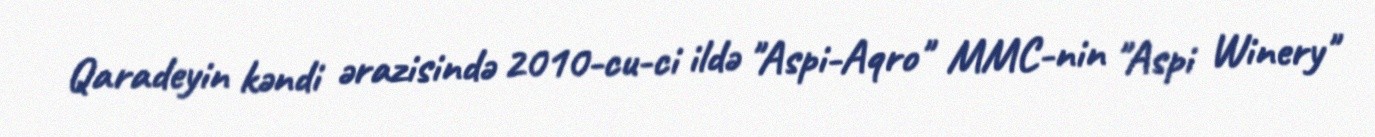
Qaradeyin kəndi ərazisində 2010-cu-ci ildə "Aspi-Aqro" MMC-nin "Aspi Winery"